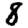
Digit: 8